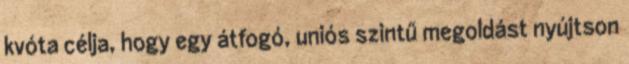
kvóta célja, hogy egy átfogó, uniós szintű megoldást nyújtson